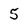
Character: 5